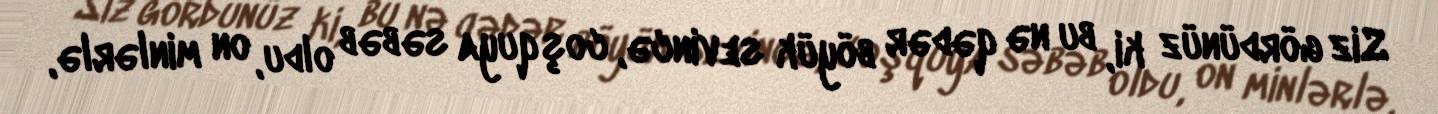
Siz gördünüz ki, bu nə qədər böyük sevincə, coşquya səbəb oldu, on minlərlə,